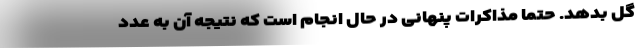
گل بدهد. حتماً مذاکرات پنهانی در حال انجام است که نتیجه آن به عدد